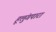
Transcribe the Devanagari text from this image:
हूलुंगपारा